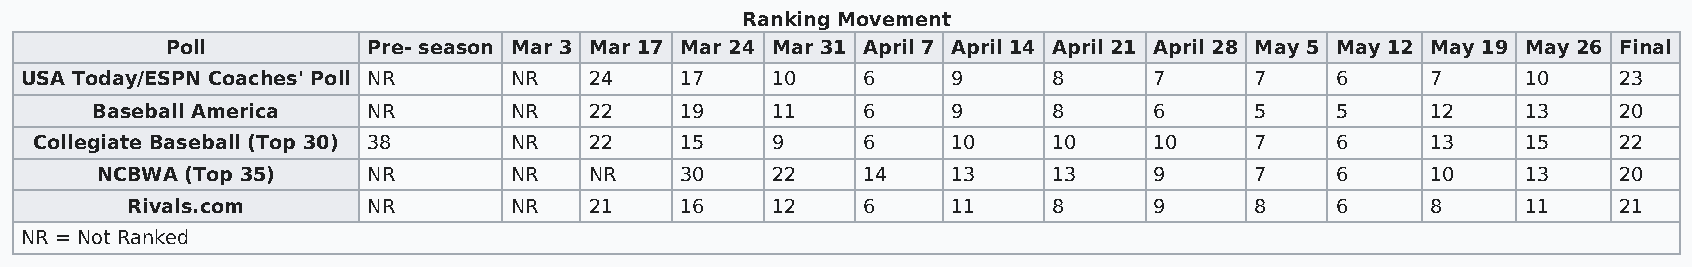
Ranking Movement
 Poll         Pre- season Mar 3 Mar 17 Mar 24 Mar 31 April 7 April 14 April 21 April 28 May 5 May 12 May 19 May 26 Final
 USA Today/ESPN Coaches' Poll NR  NR   24    17    10    6     9      8     7      7    6      7     10    23
 Baseball America  NR        NR   22    19    11    6     9      8     6      5    5      12    13    20
 Collegiate Baseball (Top 30) 38 NR   22    15    9     6     10     10    10     7    6      13    15    22
 NCBWA (Top 35)    NR        NR   NR    30    22    14    13     13    9      7    6      10    13    20
 Rivals.com      NR        NR   21    16    12    6     11     8     9      8    6      8     11    21
 NR = Not Ranked